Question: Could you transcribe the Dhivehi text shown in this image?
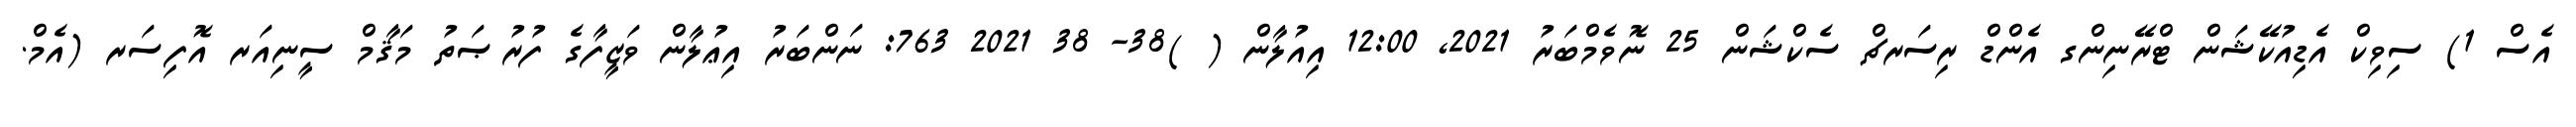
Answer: އެސް 1) ސިވިކް އެޑިއުކޭޝަން ޓްރޭނިންގ އެންޑް ރިސަރޗް ސެކްޝަން 25 ނޮވެމްބަރު 2021, 12:00 އިއުލާން ( )38- 38 2021 763: ނަންބަރު އިޢުލާން ވަޒީފާގެ ފުރުޞަތު މަޤާމް ސީނިއަރ އޮފިސަރ (އެމް.